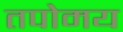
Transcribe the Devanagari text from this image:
तपोमय